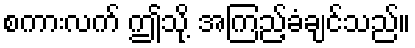
စကားလက် ဤသို့ အကြည့်ခံချင်သည်။